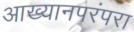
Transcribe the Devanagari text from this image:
आख्यानपरंपरा